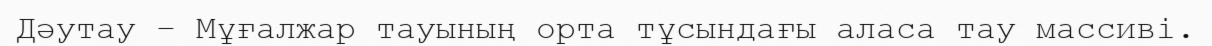
Дәутау – Мұғалжар тауының орта тұсындағы аласа тау массиві.